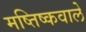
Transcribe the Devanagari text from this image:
मष्तिष्कवाले